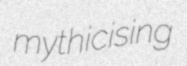
mythicising